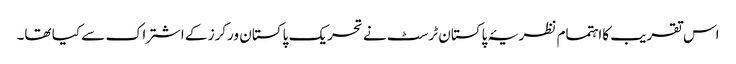
اس تقریب کااہتمام نظریۂ پاکستان ٹرسٹ نے تحریک پاکستان ورکرز کے اشتراک سے کیا تھا۔